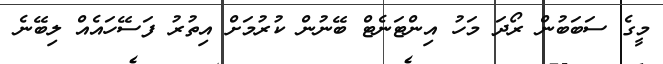
މީގެ ސަބަބުން ރޯދަ މަހު އިންޓަނެޓް ބޭނުން ކުރުމަށް އިތުރު ފަސޭހައެއް ލިބޭނެ